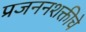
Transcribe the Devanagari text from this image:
प्रजननशक्तीचे